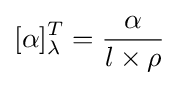
[\alpha ]_{\lambda }^{T}={\frac {\alpha }{l\times \rho }}